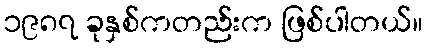
၁၉၈၇ ခုနှစ်ကတည်းက ဖြစ်ပါတယ်။